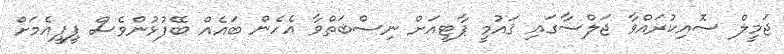
ޖަމީލް ސޮއިކުރައްވާ ޖަލްސާގައި ޤައުމީ ޕާޓީއަށް ނިސްބަތްވާ އެހެން ބައެއް ބޭފުޅުންވެސް ޕީޕީއެމަށް